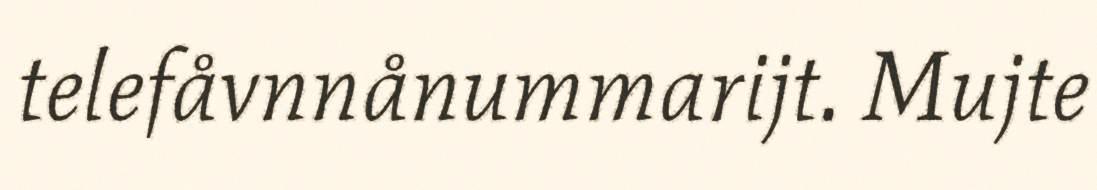
telefåvnnånummarijt. Mujte